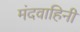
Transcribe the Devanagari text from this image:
मंदवाहिनी